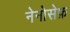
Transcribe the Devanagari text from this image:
नेनोसेफ़